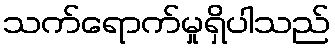
သက်ရောက်မှုရှိပါသည်